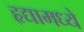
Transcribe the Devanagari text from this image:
हृद्यामध्ये